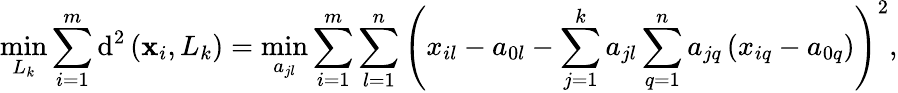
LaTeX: \displaystyle\operatorname*{min}_{L_{k}}\sum_{i=1}^{m}\operatorname{d}^{2}\left({\mathbf{x}}_{i},L_{k}\right)=\displaystyle\operatorname*{min}_{a_{jl}}\sum_{i=1}^{m}\sum_{l=1}^{n}\left(x_{il}-a_{0l}-\sum_{j=1}^{k}a_{jl}\sum_{q=1}^{n}a_{jq}\left(x_{iq}-a_{0q}\right)\right)^{2},